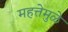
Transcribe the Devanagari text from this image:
महत्तेमुळे